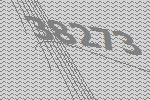
38273